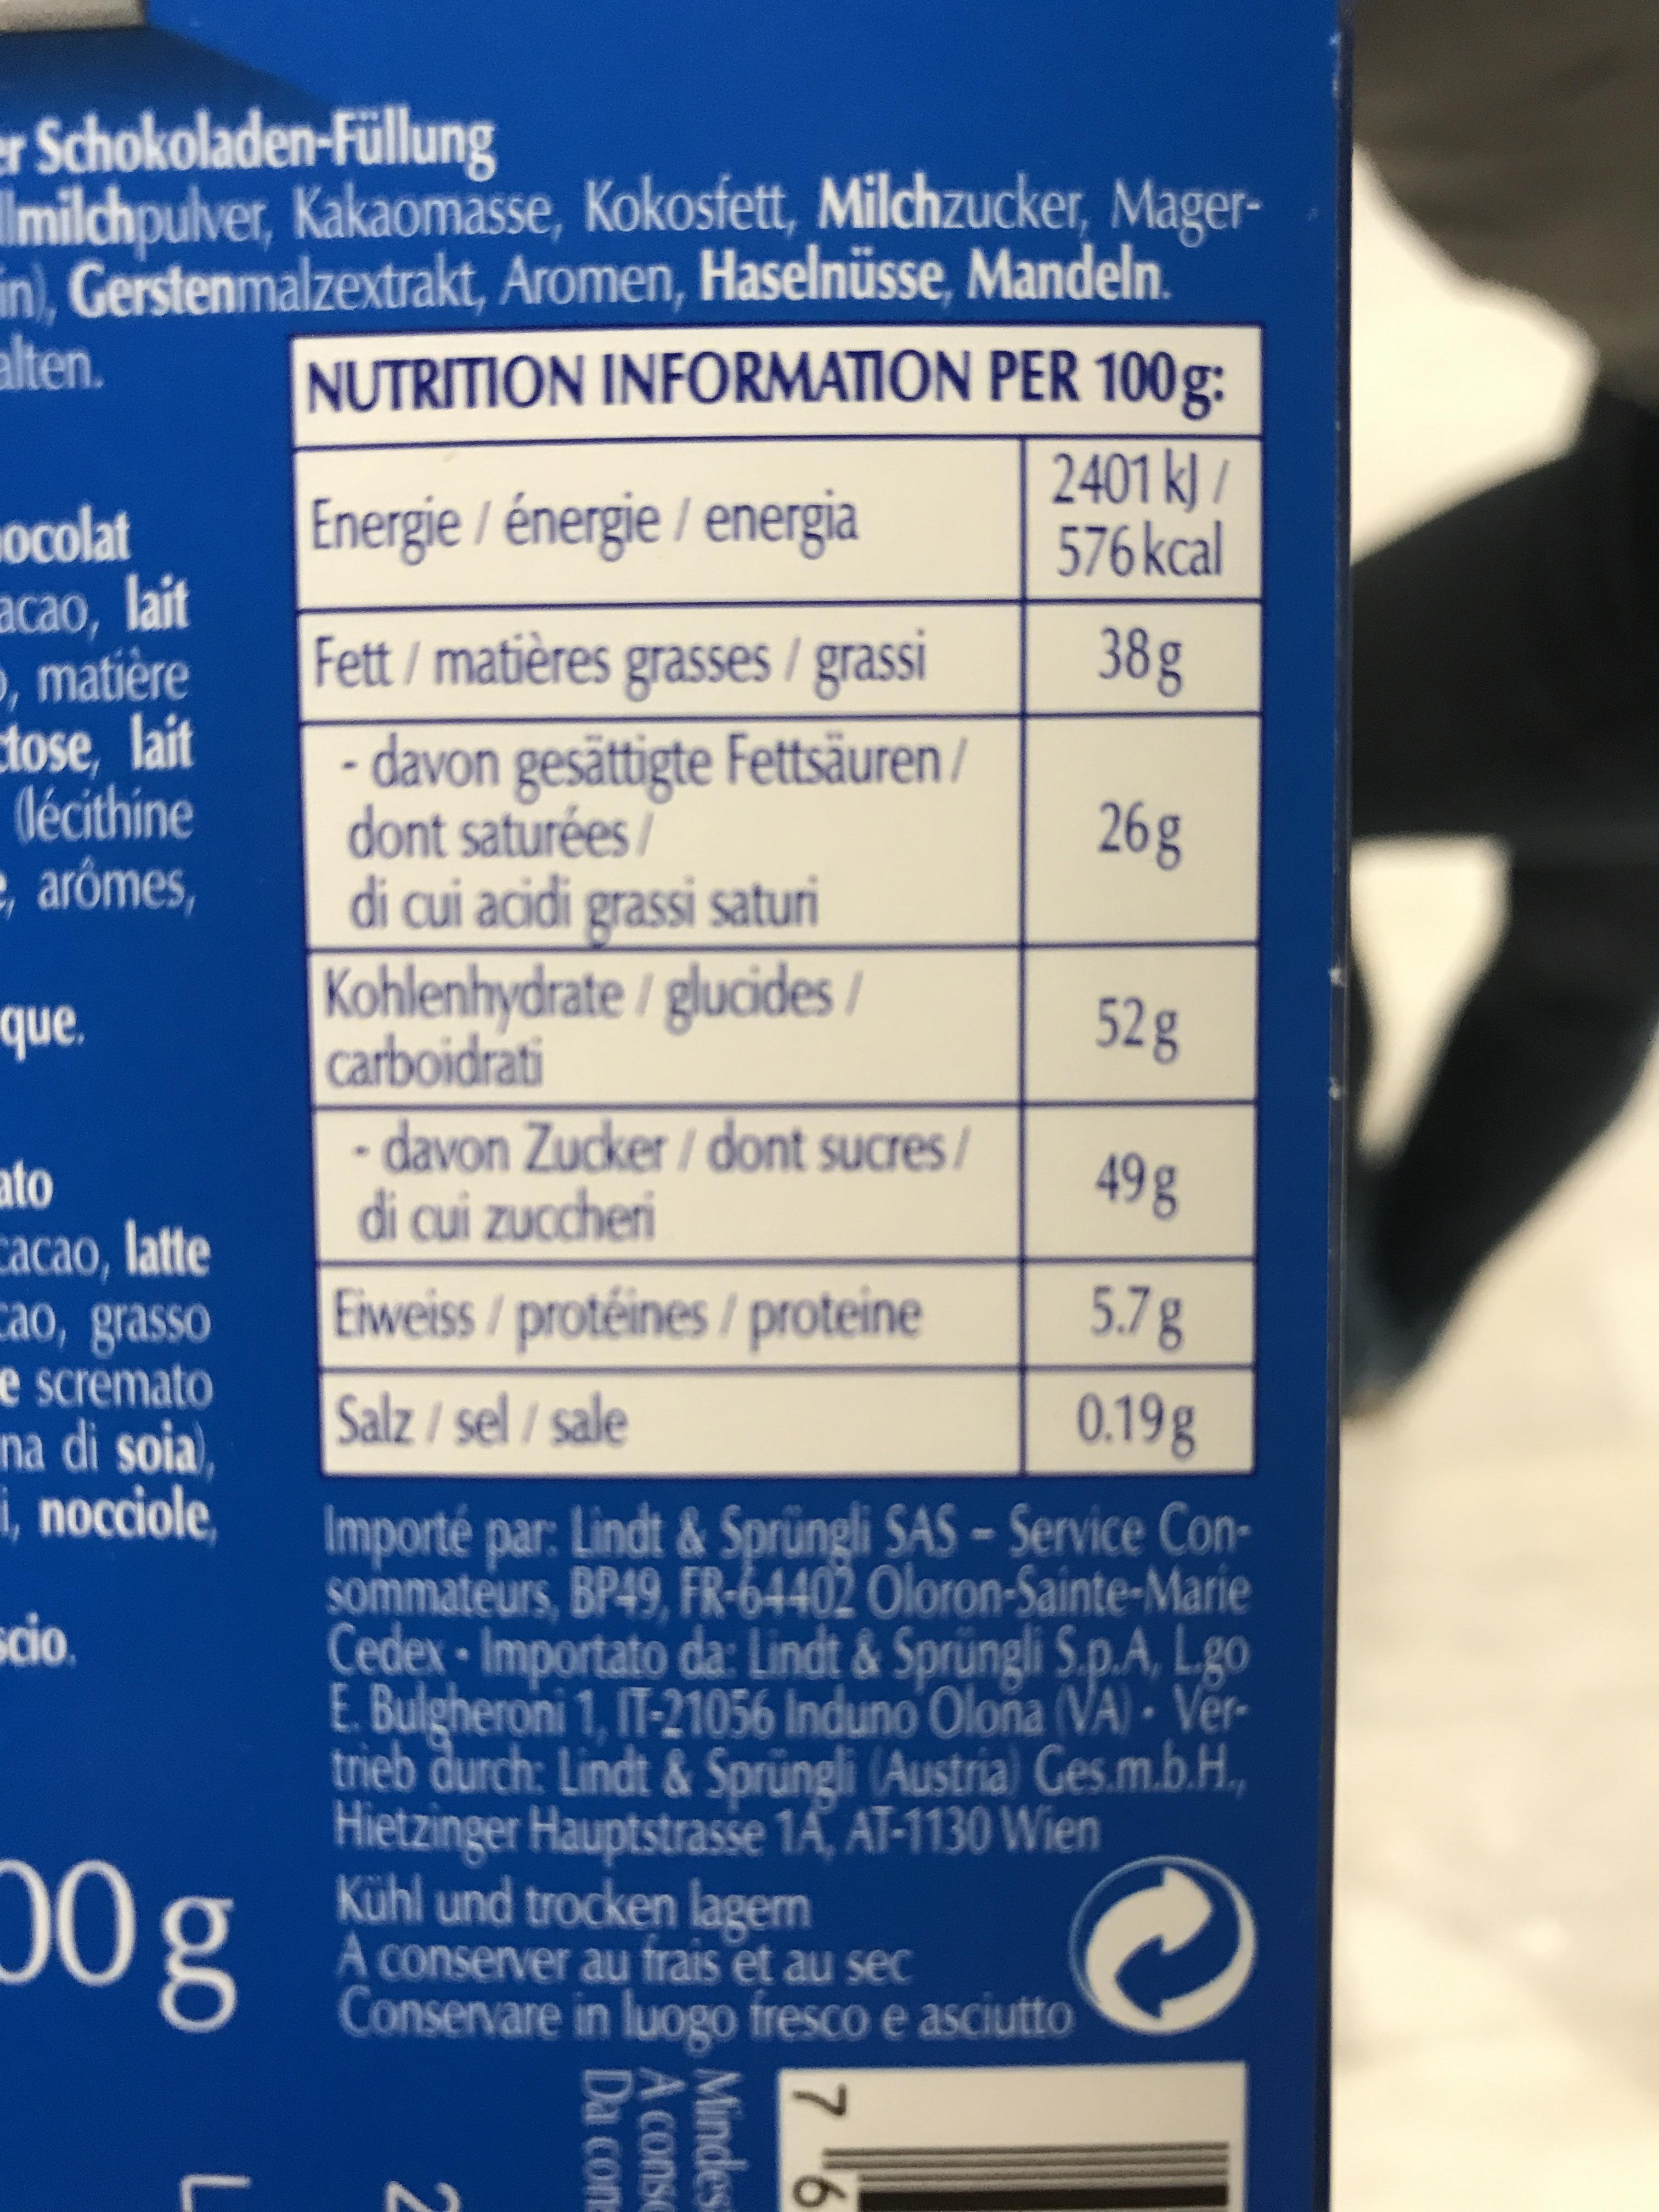
er Schokoladen-Füllung
Ilmilchpulver, Kakaomasse, Kokosfett, Milchzucker, Magerin), Gerstenmalzextrakt, Aromen, Haselnüsse, Mandeln. alten. NUTRITION INFORMATION
PER 100g:
2401 kJ/
576 kcal
38g
26g
ocolat
acao, lait
, matière
ctose, lait
décithine
e, arômes,
que.
ato cacao, latte
cao, grasso
e scremato na di soia), i, nocciole,
cio.
50g
Energie / énergie / energia
Fett / matières grasses/ grassi
- davon gesättigte Fettsäuren/ dont saturées/
di cui acidi grassi saturi
Kohlenhydrate/ glucides/ carboidrati
- davon Zucker/dont sucres/
di cui zuccheri
Eiweiss / protéines / proteine
Salz / sel/ sale
Importé par: Lindt & Sprüngli SAS-Service Consommateurs, BP49, FR-64402 Oloron-Sainte-Marie Cedex Importato da: Lindt & Sprüngli S.p.A, L.go E. Bulgheroni 1, IT-21056 Induno Olona (VA) - Vertrieb durch: Lindt & Sprüngli (Austria) Ges.m.b.H., Hietzinger Hauptstrasse 1A, AT-1130 Wien
Kühl und trocken lagern A conserver au frais et au sec Conservare in
luogo
N
fresco e asciutto
52 g
49g
5.7g
0.19g
Da con
A conse
Mindest
7"6